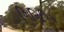
ગિનિપિગ